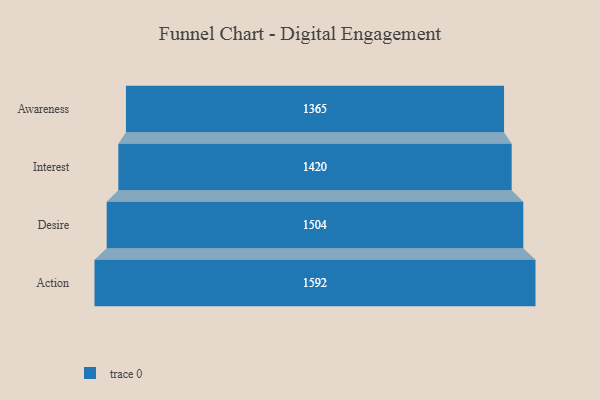
{"axis": {"x": "Stage", "y": "Value"}, "legend": [""], "data": [{"x": "Awareness", "y": 1365.0, "type": ""}, {"x": "Interest", "y": 1420.0, "type": ""}, {"x": "Desire", "y": 1504.0, "type": ""}, {"x": "Action", "y": 1592.0, "type": ""}]}